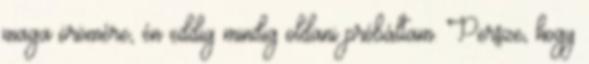
maga örömére, én eddig mindig oldani próbáltam. Persze, hogy